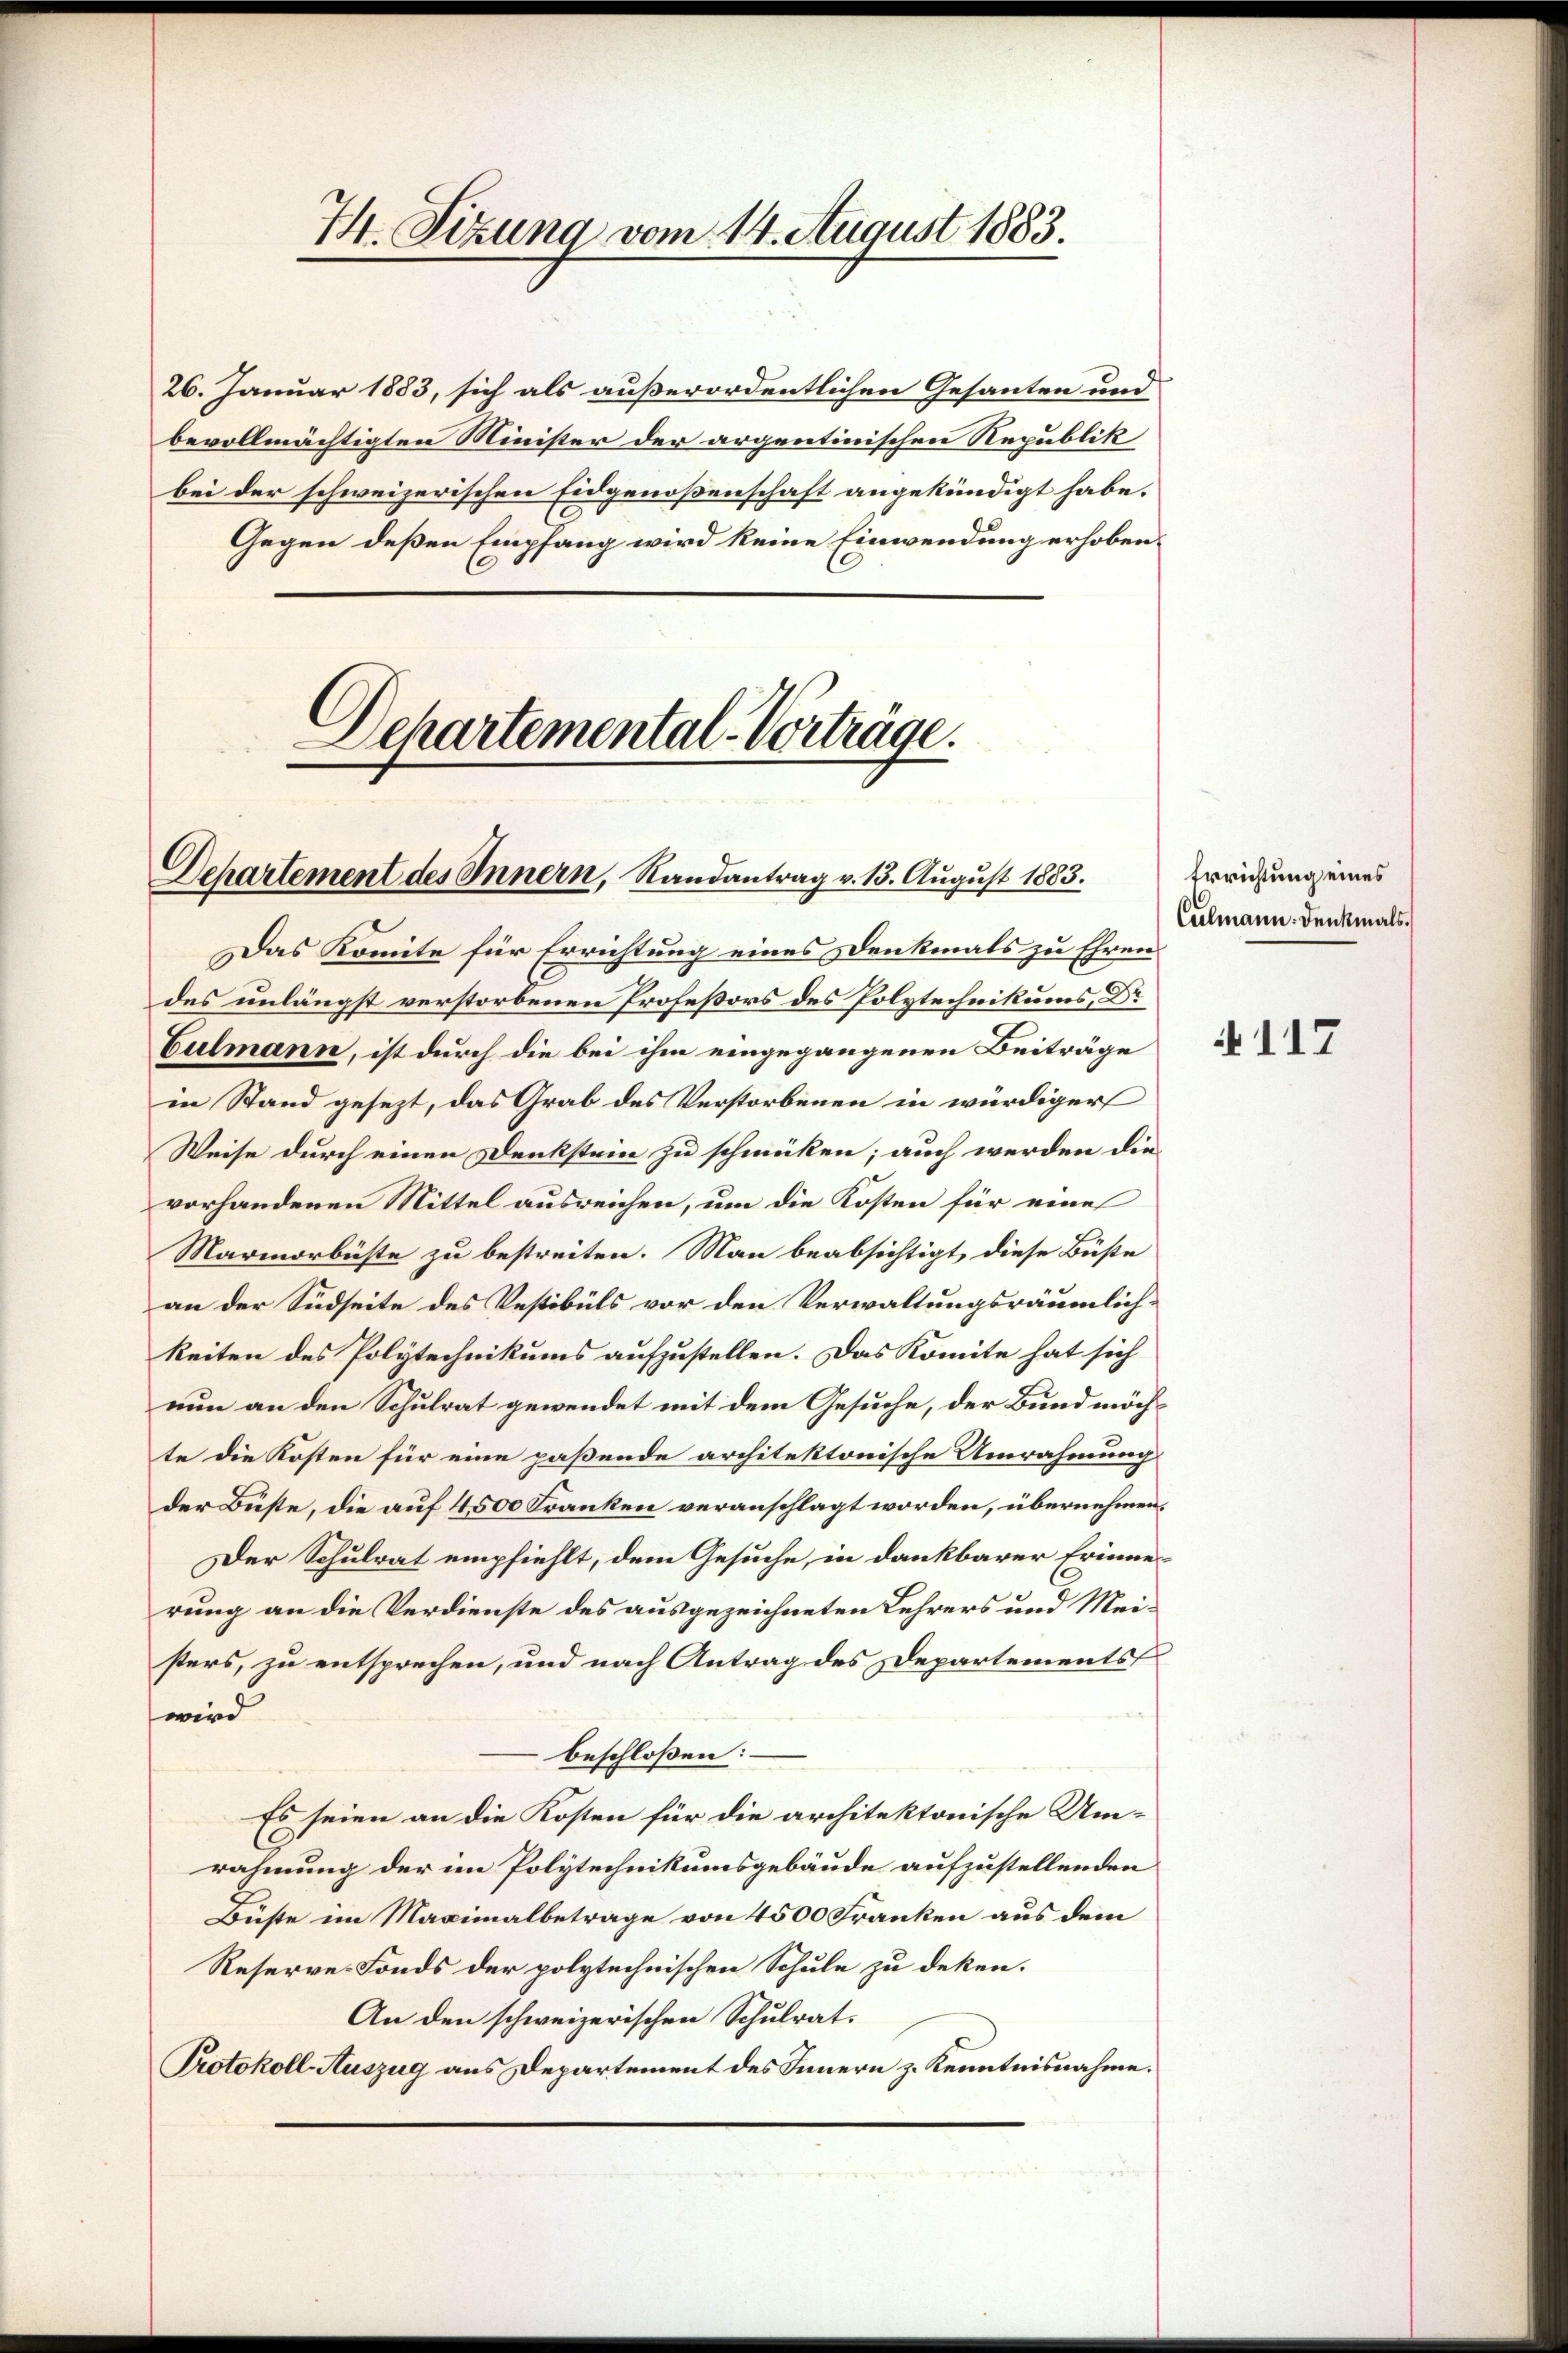
7. Sizung vom 14. August 1883.

26. Januar 1883, sich als außerordentlichen Gesanten und
bevollmächtigten Minister der argentinischen Republik
bei der schweizerischen Eidgenoßenschaft angekündigt habe.
Gegen deßen Empfang wird keine Einwendung erhoben.

Dchartemental-Vorträge.
Dehartement des Innern, Randantrag v. 13. August 1883.

Das Komite für Errichtung eines Denkmals zu Ehren
des unlängst verstorbenen Profeßors des Polytechnikums, Dr
Culmann, ist durch die bei ihm eingegangenen Beiträge
in Stand gesezt, das Grab des Verstorbenen in würdiger
Weise durch einen Denkstein zu schmücken; auch werden dievorhandenen Mittel ausreichen, um die Kosten für eine
Marmorbüste zu bestreiten. Man beabsichtigt, diese Büste
an der Südseite des Vestibuls vor den Verwaltungsräumlichkeiten des Polytechnikums aufzustellen. Das Komite hat sich
nun an den Schulrat gewendet mit dem Gesuche, der Bund möchte die Kosten für eine paßende architektonische Umrahmung
der Büste, die auf 4500 Franken veranschlagt worden, übernehmen¬
Der Schulrat empfiehlt, dem Gesuche, in dankbarer Erinnerung an die Verdienste des ausgezeichneten Lehrers und Meisters, zu entsprechen, und nach Antrag des Departements
wird
beschloßen:
Es seien an die Kosten für die architektonische Umrahmung der im Polytechnikumsgebäude aufzustellenden
Büste im Maximalbetrage von 4500 Franken aus dem
Reserve- Fonds der polytechnischen Schule zu deken.
An den schweizerischen Schulrat.
Protokoll-Auszug aus Departement des Innern z. Kenntnisnahme.

Errichtung eines
Culmann: Denkmals.

117